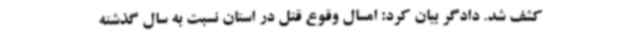
کشف شد. دادگر بیان کرد: امسال وقوع قتل در استان نسبت به سال گذشته